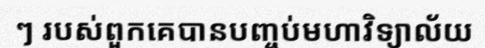
ៗ របស់ពួកគេបានបញ្ចប់មហាវិទ្យាល័យ